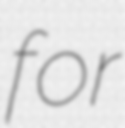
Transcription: for